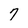
Character: 7